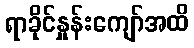
ရာခိုင်နှုန်းကျော်အထိ